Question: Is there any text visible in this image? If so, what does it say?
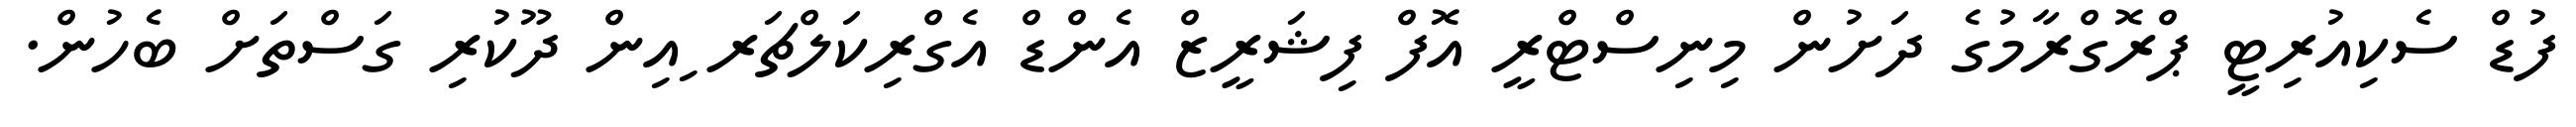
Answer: ފުޑް ސެކިއުރިޓީ ޕްރޮގްރާމުގެ ދަށުން މިނިސްޓްރީ އޮފް ފިޝަރީޒް އެންޑް އެގްރިކަލްޗަރ ިއިން ދޫކުރި ގަސްތަށް ބެހުން.